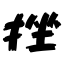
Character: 挫